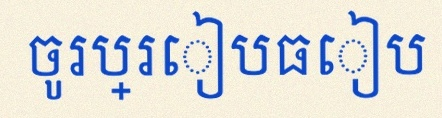
ចូរប្រៀបធៀប